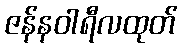
ဇန်နဝါရီလထုတ်